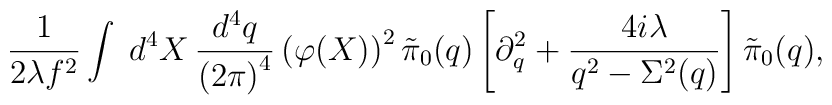
\frac{1}{2\lambda f^2}\int\;d^4X\,\frac{d^4q}{\left(2\pi\right)^4}  \left(\varphi(X)\right)^2\tilde\pi_0(q)\left[\partial_q^2+  \frac{4i\lambda}{q^2-\Sigma^2(q)}\right]\tilde\pi_0(q),